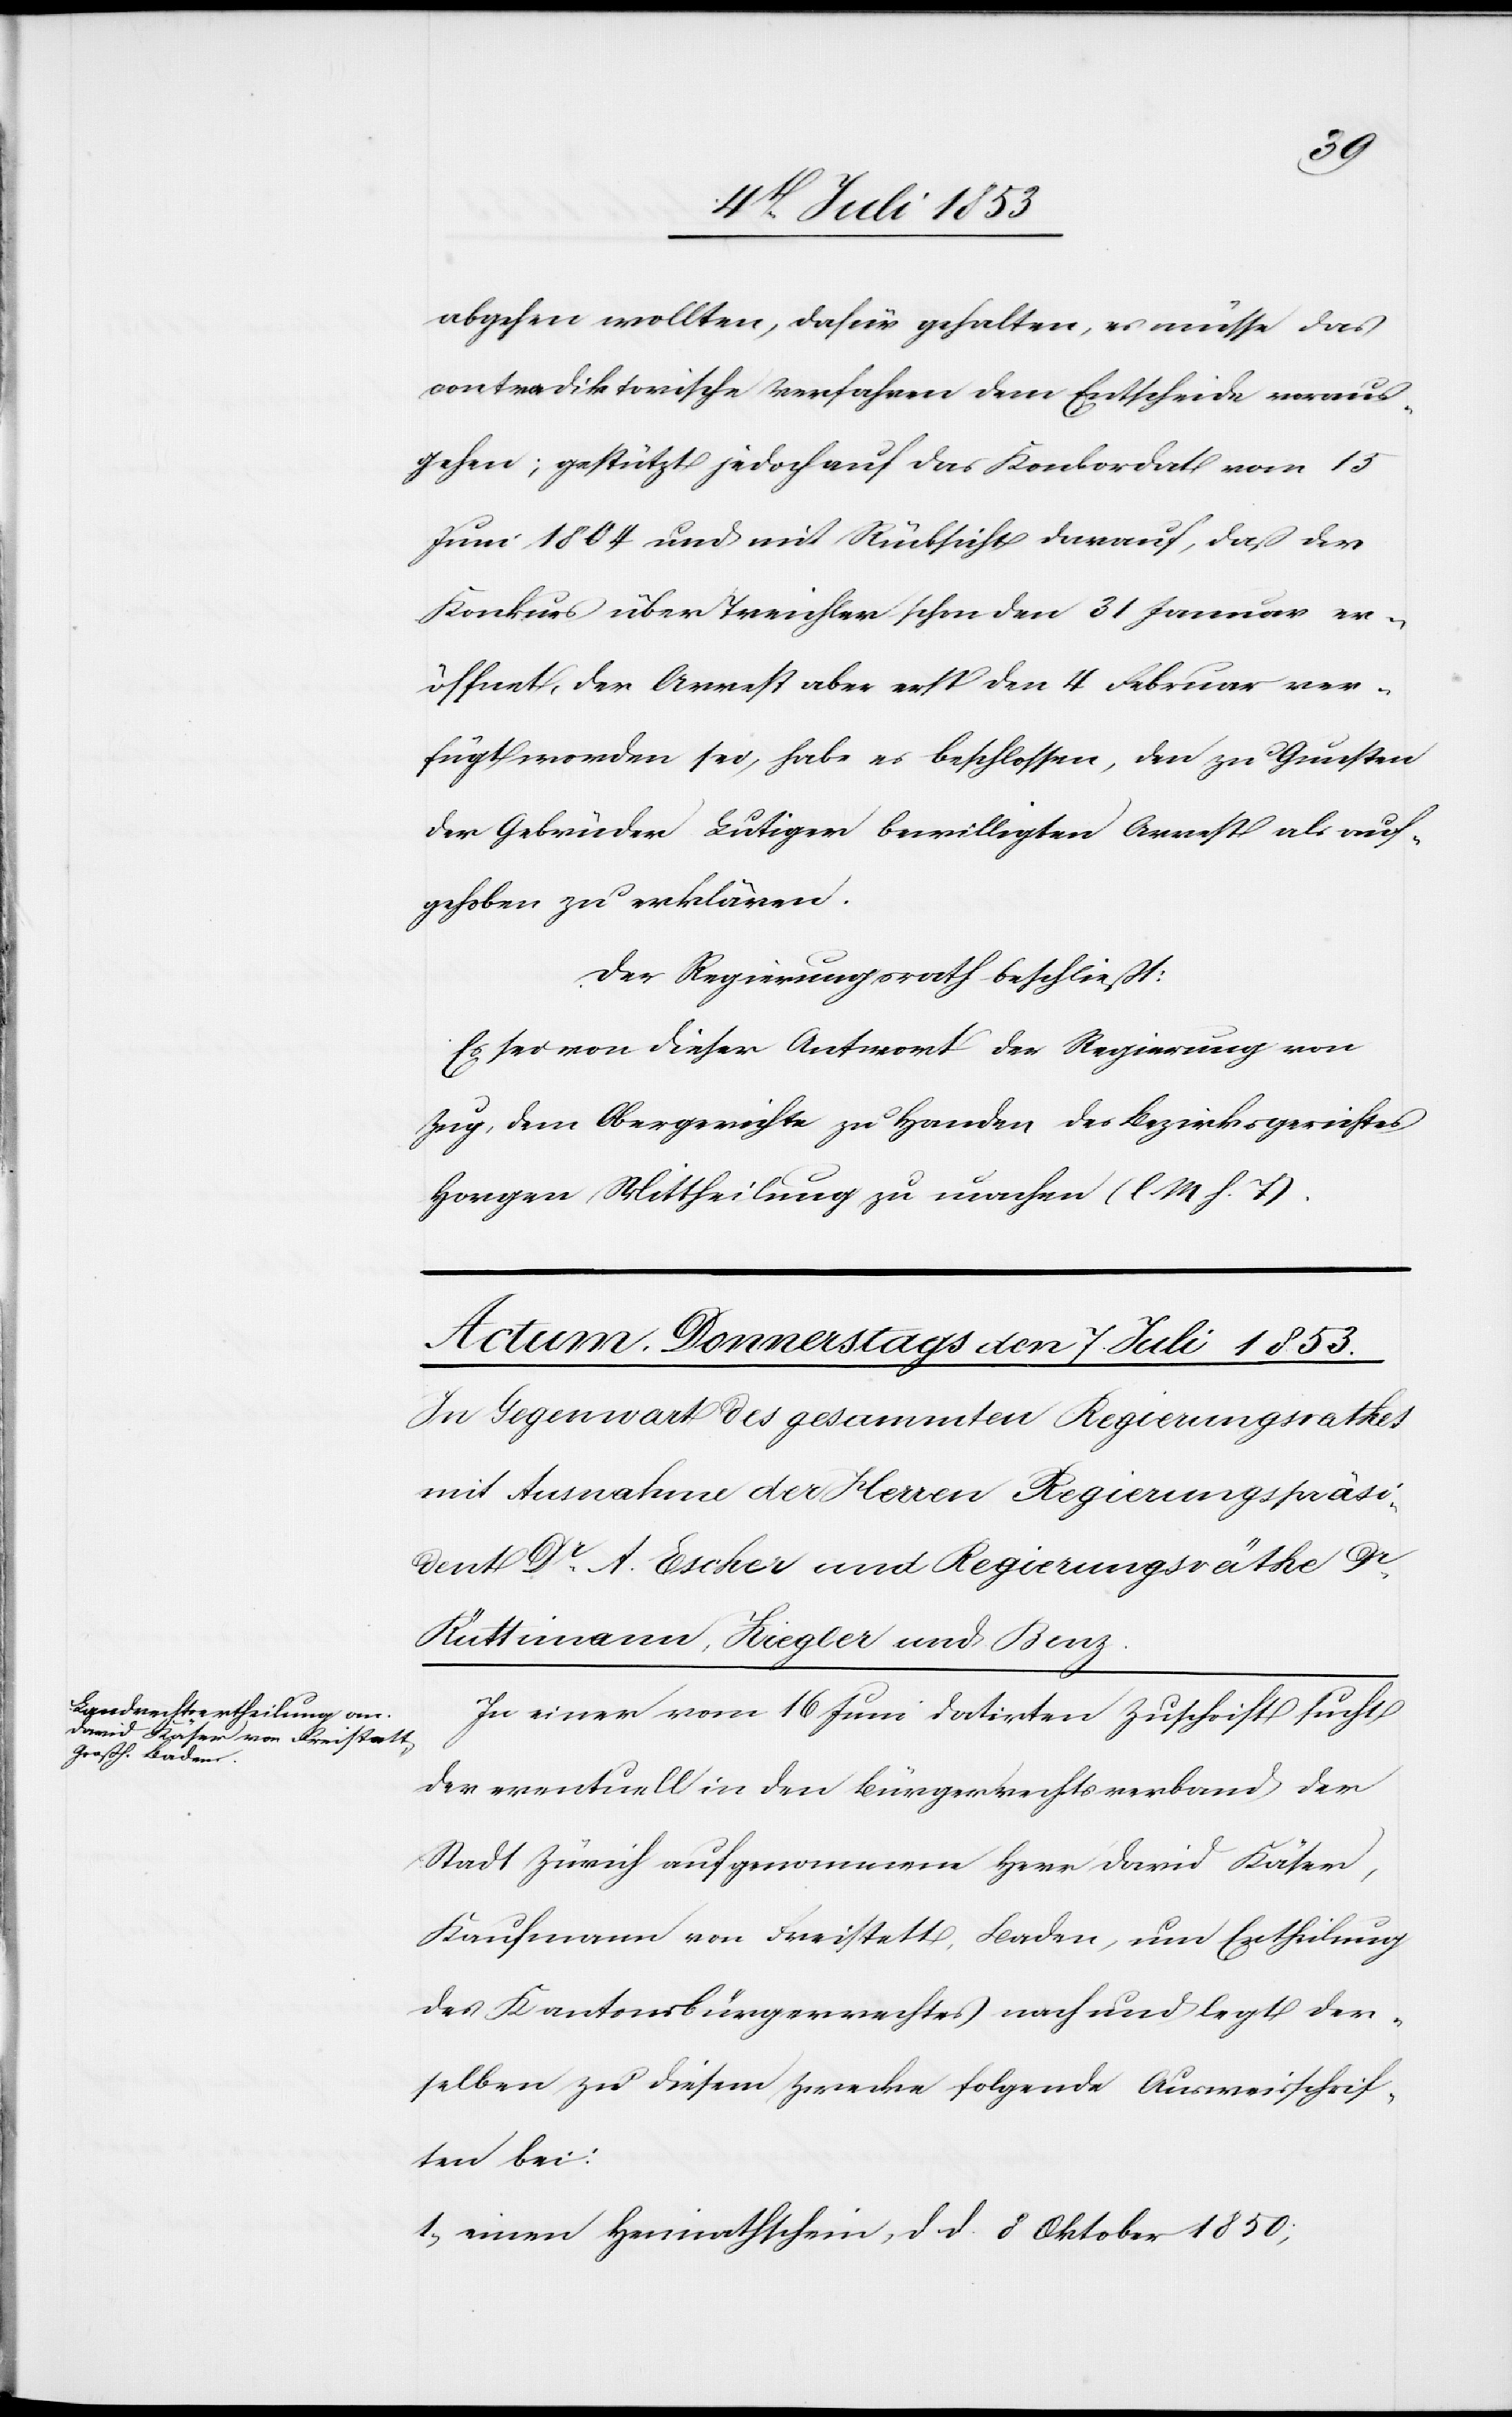
abgehen wollten, dafür gehalten, es müsse das
vontradiktorische [sic!] Verfahren dem Entscheide voraus¬
gehen; gestützt jedoch auf das Konkordat vom 15
Juni 1804 und mit Rücksicht darauf, daß der
Konkurs über Treichler schon den 31 Januar er¬
öffnet, der Arrest aber erst den 4 Februar ver¬
fügt worden sei, habe er beschlossen, den zu Gunsten
der Gebrüder Lutiger bewilligten Arrest als auf¬
gehoben zu erklären.
Der Regierungsrath beschließt:
Es sei von dieser Antwort der Regierung von
Zug, dem Obergerichte zu Handen des Bezirksgerichtes
Horgen Mittheilung zu machen. [l. M. h. T]
In einer vom 16 Juni datirten Zuschrift sucht
der eventuell in den Bürgerrechtsverband der
Kaufmann von Freistett, Baden, um Ertheilung
des Kantonsbürgerrechtes nach und legt der¬
selben zu diesem Zwecke folgende Ausweisschrif¬
ten bei:
1. einen Heimathschein, d. d. 8 Oktober 1850,